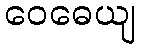
ဝေဓေယျ